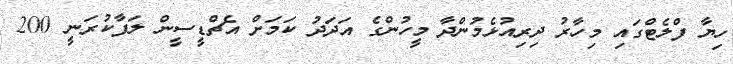
ހިޔާ ފްލެޓްގައި މިހާރު ދިރިއުޅެމުންދާ މީހުންގެ އަދަދު ކަމަށް އެޗްޑީސީން ލަފާކުރަނީ 200